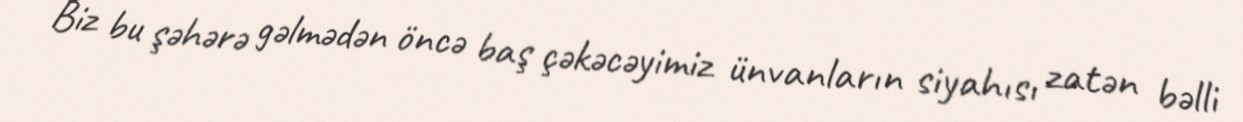
Biz bu şəhərə gəlmədən öncə baş çəkəcəyimiz ünvanların siyahısı zatən bəlli